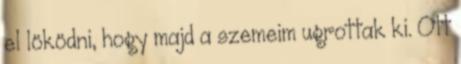
el löködni, hogy majd a szemeim ugrottak ki. Ott